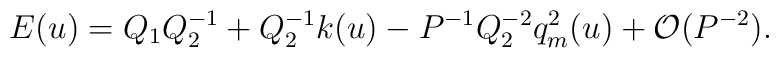
E(u)=Q_1Q^{-1}_2+Q^{-1}_2k(u)-P^{-1}Q^{-2}_2q^2_m(u)+{\cal O}(P^{-2}).